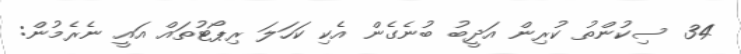
34 ސިކުންތު ކުރިން އަދީބު ބުނެގެން އެކި ކަހަލަ ރިޕޯޓުތައް އައީ ނެރެމުން: